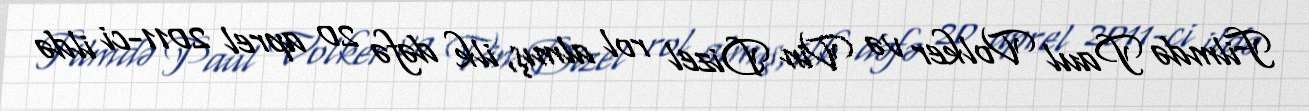
Filmdə Paul Volker və Vin Dizel rol almış, ilk dəfə 20 aprel 2011-ci ildə